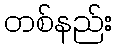
တစ်နည်း